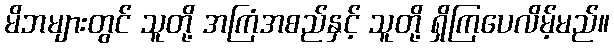
မိဘများတွင် သူတို့ အကြံအစည်နှင့် သူတို့ ရှိကြပေလိမ့်မည်။